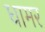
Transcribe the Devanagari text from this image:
धामर